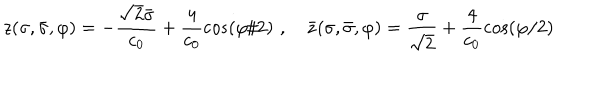
LaTeX: z ( \sigma , \bar { \sigma } , \varphi ) = - \frac { \sqrt { 2 } \bar { \sigma } } { c _ { 0 } } + \frac { 4 } { c _ { 0 } } \cos ( \varphi / 2 ) \, \, , \quad \bar { z } ( \sigma , \bar { \sigma } , \varphi ) = \frac { \sigma } { \sqrt { 2 } } + \frac { 4 } { c _ { 0 } } \cos ( \varphi / 2 )